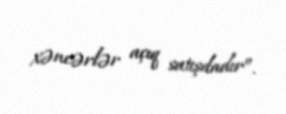
xəncərlər açıq satışdadır”.